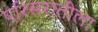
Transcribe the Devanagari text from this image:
परिसरातीला